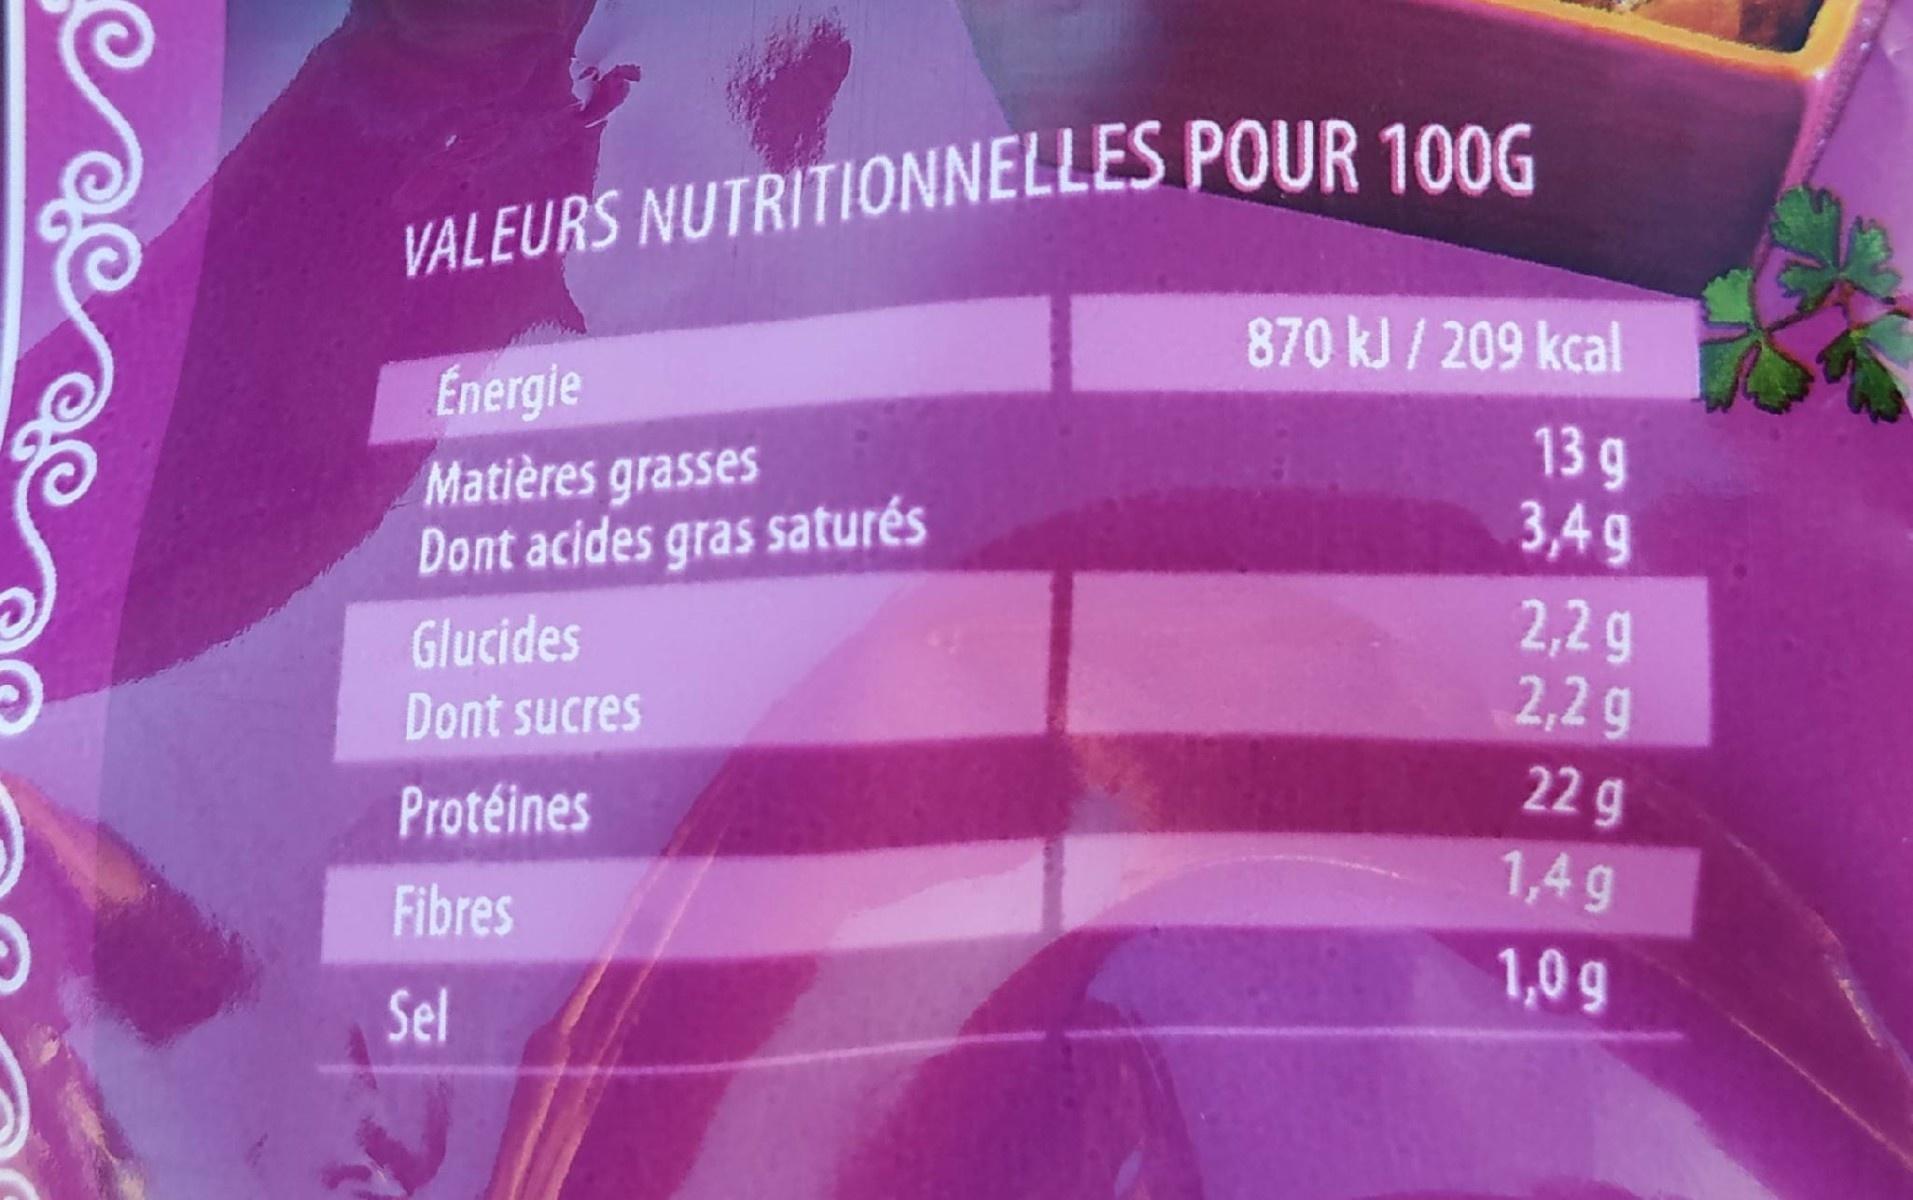
VALEURS NUTRITIONNELLES POUR 100G 870 kJ / 209 kcal
Energie
Matières grasses Dont acides gras saturés
13 g 3,4g
2,2 g 2,2 g
Glucides
Dont sucres
22 g
Protéines
1,4 g
Fibres
1,0g
Sel